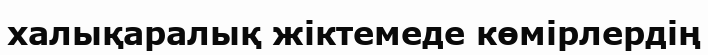
халықаралық жіктемеде көмірлердің